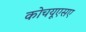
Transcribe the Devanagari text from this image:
कोचयूएसए